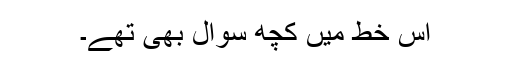
اس خط میں کچھ سوال بھی تھے۔